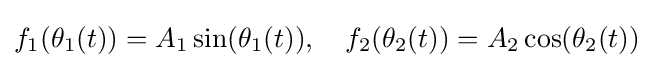
f_{1}(\theta _{1}(t))=A_{1}\sin(\theta _{1}(t)),\quad f_{2}(\theta _{2}(t))=A_{2}\cos(\theta _{2}(t))